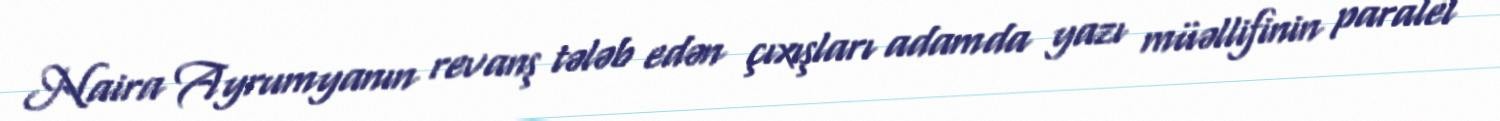
Naira Ayrumyanın revanş tələb edən çıxışları adamda yazı müəllifinin paralel